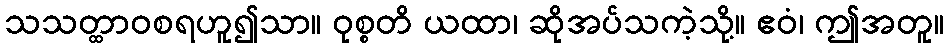
သသတ္ထာဝစရဟူ၍သာ။ ဝုစ္စတိ ယထာ၊ ဆိုအပ်သကဲ့သို့။ ဧဝံ၊ ဤအတူ။